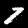
Digit: 7